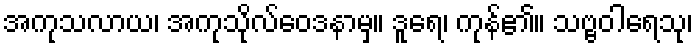
အကုသလာယ၊ အကုသိုလ်ဝေဒနာမှ။ ဒူရေ၊ ကုန်၏။ သဗ္ဗဝါရေသု၊